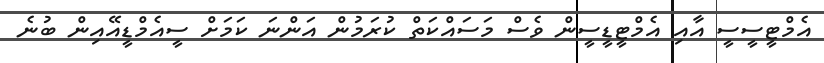
އެމްޓީސީސީ އާއި އެމްޓީޑީސީން ވެސް މަސައްކަތް ކުރަމުން އަންނަ ކަމަށް ސީއެމްޑީއޭއިން ބުނެ